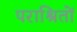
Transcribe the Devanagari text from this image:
पराश्रितों